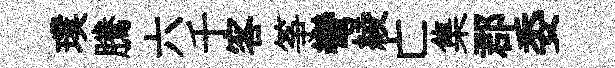
璞騰六千客筝彎綾亡集郡委